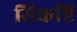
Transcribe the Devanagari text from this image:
सिकष्टि